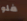
فلو